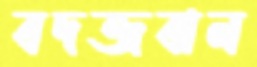
বদজবান